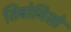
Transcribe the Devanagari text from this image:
सिबोनिसो